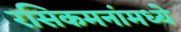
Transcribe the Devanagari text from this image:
रसिकमनांमध्ये